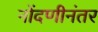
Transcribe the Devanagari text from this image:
नोंदणीनंतर